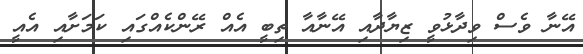
އޭނާ ވެސް ވިދާޅުވީ ޒިޔާދާއި އޭނާއާ ތިބީ އެއް ރޭންކެއްގައި ކަމަށާއި އެއީ